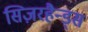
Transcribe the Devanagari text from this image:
सिज़रहैन्ड्स